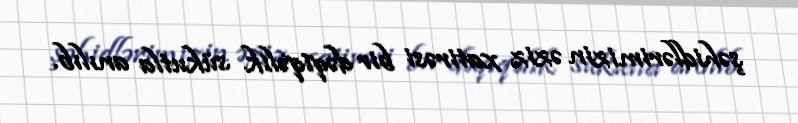
şəhidlərimizin əziz xatirəsi bir dəqiqəlik sükutla anılıb.